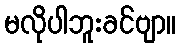
မလိုပါဘူးခင်ဗျာ။